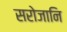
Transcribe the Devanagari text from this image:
सरोजानि